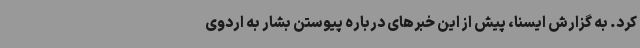
کرد. به گزارش ایسنا، پیش از این خبرهای درباره پیوستن بشار به اردوی